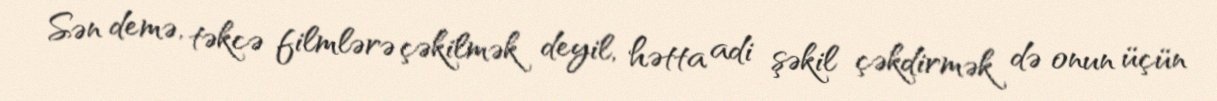
Sən demə, təkcə filmlərə çəkilmək deyil, hətta adi şəkil çəkdirmək də onun üçün